Annual administration report of the Civil Veterinary Department of India - 1904-1905
Year: 1904
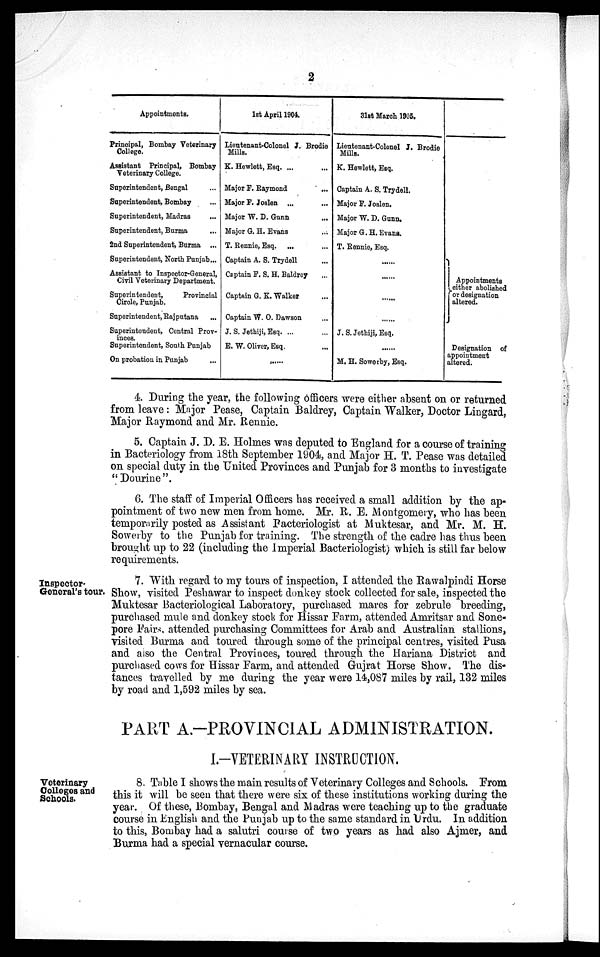
2
Appointments.
Principal, Bombay Veterinary
College.
Assistant Principal, Bombay
Veterinary College.
Superintendent, Bengal ...
Superintendent, Bombay ...
Superintendent, Madras ...
Superintendent, Burma ...
2nd Superintendent, Burma ...
Superintendent, North Punjab...
Assistant to Inspector-General,
Civil Veterinary Department.
Superintendent,
Provincial
Circle, Punjab.
Superintendent, Rajputana ...
Superintendent, Central Prov¬
inces.
Superintendent, South Punjab
On probation in Punjab ...
1st April 1904.
Lieutenant-Colonel J. Brodie
Mills.
K. Hewlett, Esq. ... ...
Major F. Raymond ...
Major F. Joslen ... ...
Major
. D. Gunn ...
Major G. H. Evans ...
T. Rennie, Esq. ... ...
Captain A. S. Trydell ...
Captain F. S. H. Baldrey ...
Captain G. K. Walker ...
Captain W. O. Dawson ...
J. S. Jothiji, Esq. ... ...
E. W. Oliver, Esq. ...
......
31st March 1905.
Lieutenant-Colonel J. Brodie
Mills.
K. Hewlett, Esq.
Captain A. S. Trydell.
Major F. Joslen.
Major W. D. Gunn.
Major G. H. Evans.
T. Rennie, Esq.
......
......
......
......
J. S. Jethiji, Esq.
......
M. H. Sowerby, Esq.
Appointments
either abolished
or designation
altered.
Designation of
appointment
altered.
4. During the year, the following officers were either absent on or returned
from leave : Major Pease, Captain Baldrey, Captain Walker, Doctor Lingard,
Major Raymond and Mr. Rennie.
5. Captain J. D. E. Holmes was deputed to England for a course of training
in Bacteriology from 18th September 1904, and Major H. T. Pease was detailed
on special duty in the United Provinces and Punjab for 3 months to investigate
"Dourine".
6. The staff of Imperial Officers has received a small addition by the ap-
pointment of two new men from home. Mr. R. E. Montgomery, who has been
temporarily posted as Assistant Pacteriologist at Muktesar, and Mr. M. H.
Sowerby to the Punjab for training. The strength of the cadre has thus been
brought up to 22 (including the Imperial Bacteriologist) which is still far below
requirements.
Inspector¬
General's tour.
7. With regard to my tours of inspection, I attended the Rawalpindi Horse
Show, visited Peshawar to inspect donkey stock collected for sale, inspected the
Muktesar Bacteriological Laboratory, purchased mares for zebrule breeding,
purchased mule and donkey stock for Hissar Farm, attended Amritsar and Sone-
pore Fairs, attended purchasing Committees for Arab and Australian stallions,
visited Burma and toured through some of the principal centres, visited Pusa
and also the Central Provinces, toured through the Hariana District and
purchased cows for Hissar Farm, and attended Gujrat Horse Show. The dis-
tances travelled by me during the year were 14,087 miles by rail, 132 miles
by road and 1,592 miles by sea.
PART A.—PROVINC1AL ADMINISTRATION.
I.—VETERINARY INSTRUCTION.
Veterinary
Colleges and
Schools.
8. Table I shows the main results of Veterinary Colleges and Schools. From
this it will be seen that there were six of these institutions working during the
year. Of these, Bombay, Bengal and Madras were teaching up to the graduate
course in English and the Punjab up to the same standard in Urdu. In addition
to this, Bombay had a salutri course of two years as had also Ajmer, and
Burma had a special vernacular course.